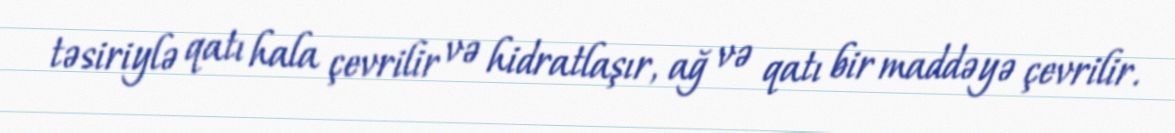
təsiriylə qatı hala çevrilir və hidratlaşır, ağ və qatı bir maddəyə çevrilir.